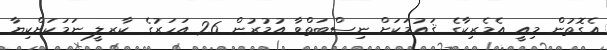
އެގޮތުން މިއީ އެމެރިކާގެ ޤައުމަކަށް ނިސްބަތްވާ އުމުރުން 26 އަހަރުގެ ކާރލީ ނަމަކަށްކިޔާ